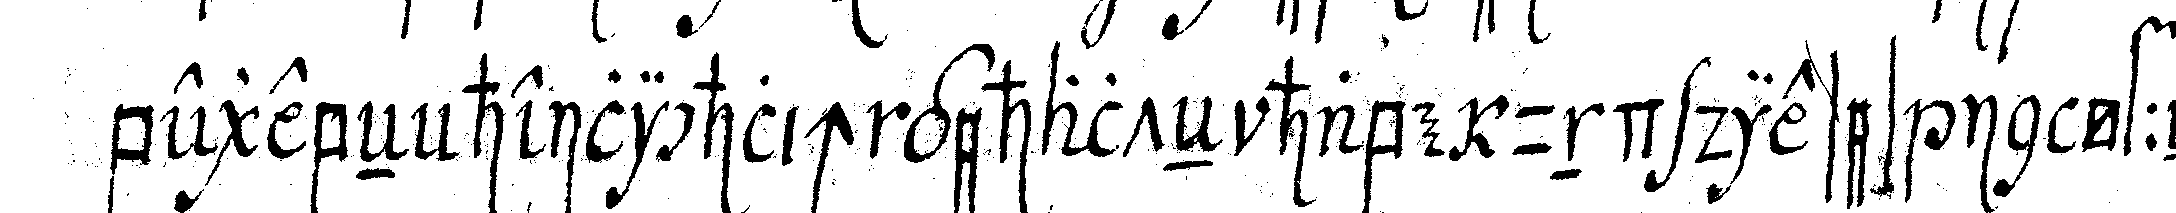
begebeN heilichlich gehalteN habe und dieses in öfeNt